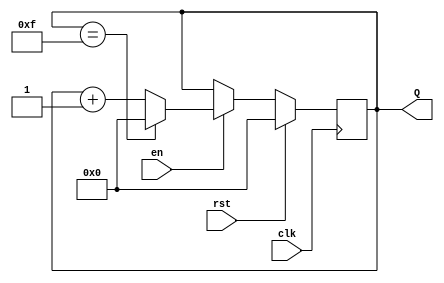
module up_counter (
    input wire clk,        // Clock signal
    input wire en,        // Enable signal
    input wire rst,       // Synchronous reset signal
    output reg [3:0] Q    // 4-bit counter output
);

    // Parameter for maximum count value
    localparam MAX_COUNT = 4'b1111; // 15 in decimal

    // Always block triggered on the rising edge of the clock
    always @(posedge clk) begin
        if (rst) begin
            Q <= 4'b0000; // Reset counter to 0
        end else if (en) begin
            if (Q == MAX_COUNT) begin
                Q <= 4'b0000; // Wrap around to 0
            end else begin
                Q <= Q + 1; // Increment counter
            end
        end
    end

endmodule